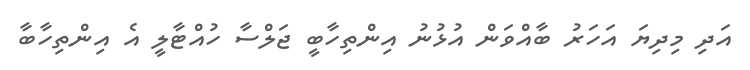
އަދި މިދިޔަ އަހަރު ބާއްވަން އުޅުނު އިންތިހާބީ ޖަލްސާ ހުއްޓާލީ އެ އިންތިހާބާ